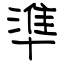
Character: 準